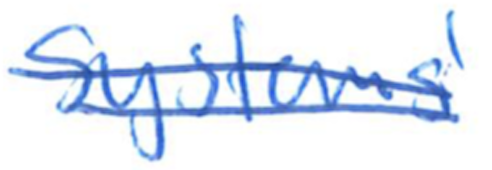
Text: Systems'
Cross-out: double-line
Writing tool: ballpoint